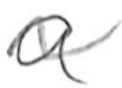
Text: a
Cross-out: wave
Writing tool: pencil